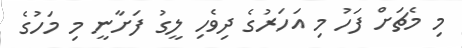
މި މެޗަށް ފަހު މި އަހަރުގެ ދިވެހި ލީގު ފަށާނީ މި މަހުގެ